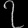
Digit: ၇